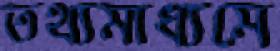
তথ্যমাধ্যমে